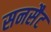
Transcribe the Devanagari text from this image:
सनसैट